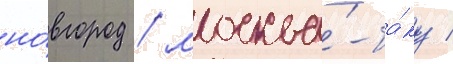
но́вгород / москва́-ба́ку /